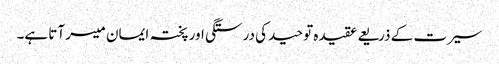
سیرت کے ذریعے عقیدہ توحید کی درستگی اور پختہ ایمان میسر آتا ہے۔